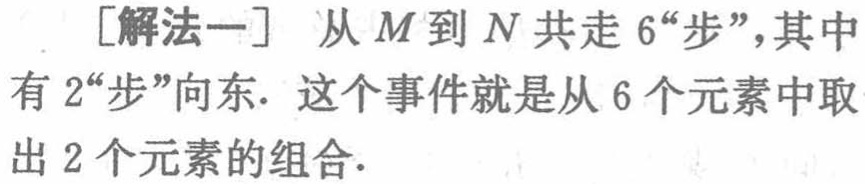
[解法一] 从\(M\)到\(N\)共走\(6\)“步”，其中有\(2\)“步”向东. 这个事件就是从\(6\)个元素中取出\(2\)个元素的组合.